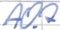
Text: A0.7